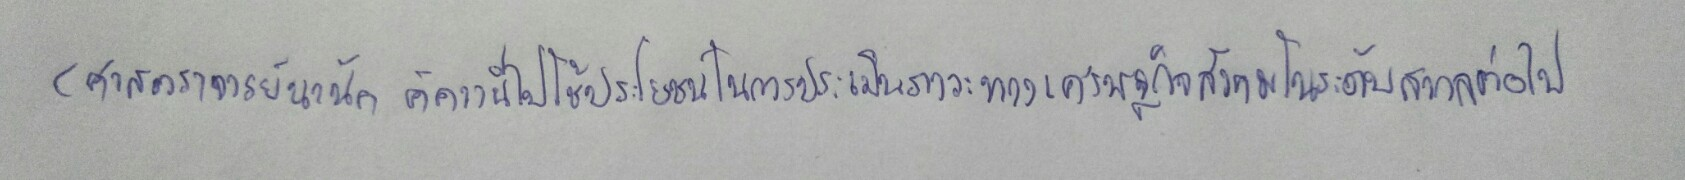
(ศาสตราจารย์นานัค คัควานีไปใช้ประโยชน์ในการประเมินภาวะทางเศรษฐกิจสังคมในระดับสากลต่อไป